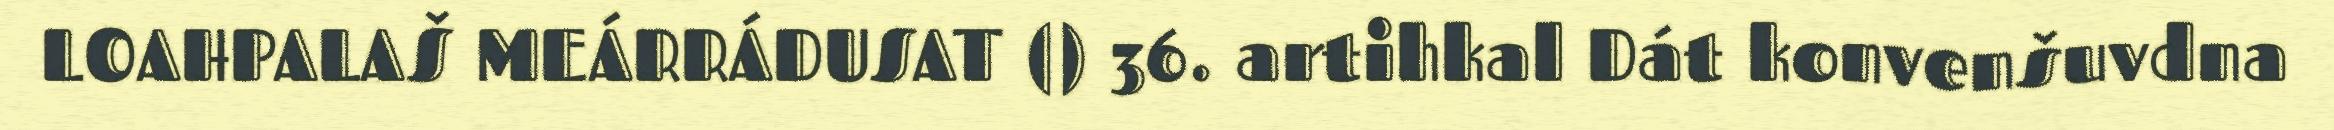
LOAHPALAŠ MEÁRRÁDUSAT () 36. artihkal Dát konvenšuvdna